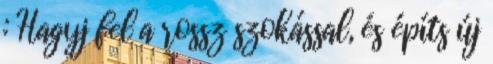
: Hagyj fel a rossz szokással, és építs új